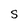
Character: S